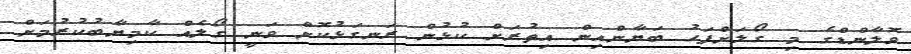
ވޮލާންޑްގެ މި ގޯލަށްފަހު ބަޔާންއިން އިތުރަށް ކުޅުން ރަނގަޅުކޮށް ވަނީ ގޯލެއް ކާމިޔާބުކުރުމަށް